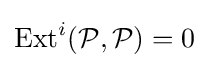
{\text{Ext}}^{i}({\mathcal {P}},{\mathcal {P}})=0